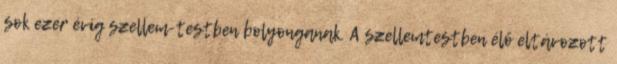
sok ezer évig szellem-testben bolyonganak. A szellemtestben élő eltávozott